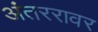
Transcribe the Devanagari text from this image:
अंतररावर